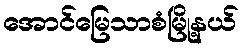
အောင်မြေသာစံမြို့နယ်